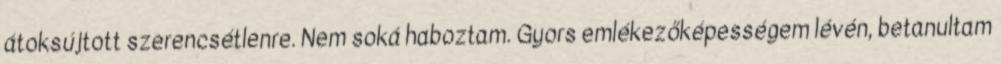
átoksújtott szerencsétlenre. Nem soká haboztam. Gyors emlékezőképességem lévén, betanultam